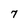
Character: 7